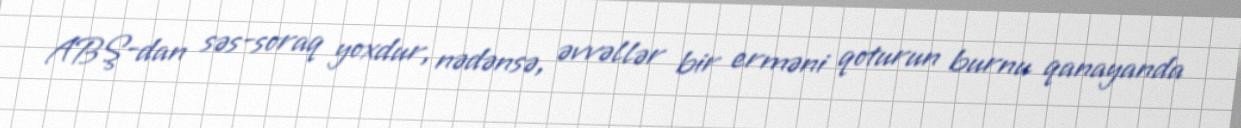
ABŞ-dan səs-soraq yoxdur, nədənsə, əvvəllər bir erməni qoturun burnu qanayanda